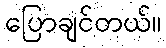
ပြောချင်တယ်။